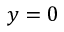
y = 0